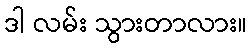
ဒါ လမ်း သွားတာလား။